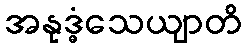
အနုဒ္ဓံသေယျာတိ